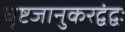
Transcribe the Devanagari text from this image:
घृष्टजानुकरद्वंद्वः